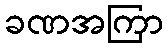
ခဏအကြာ